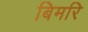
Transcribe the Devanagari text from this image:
बिमरि